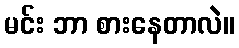
မင်း ဘာ စားနေတာလဲ။